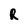
Character: R